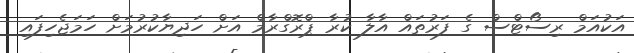
އަކުއަމް ރިސޯޓްސް ގެ ފަރުތައް އާލާ ކުރާ ޕްރޮގްރާމް އަށް ހަދިޔާކުރުމަށް ހަމަޖެހިފައި